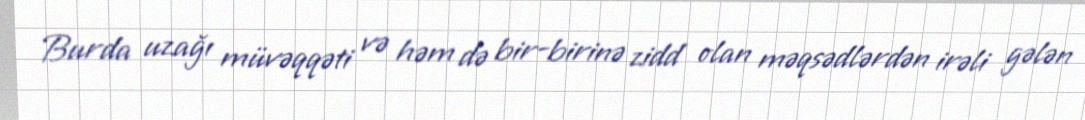
Burda uzağı müvəqqəti və həm də bir-birinə zidd olan məqsədlərdən irəli gələn